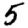
Digit: 5